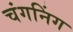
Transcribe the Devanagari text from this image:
चंगनिंग